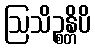
ဩသိဉ္စန္တိပိ